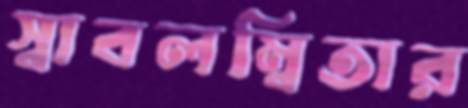
স্বাবলম্বিতার